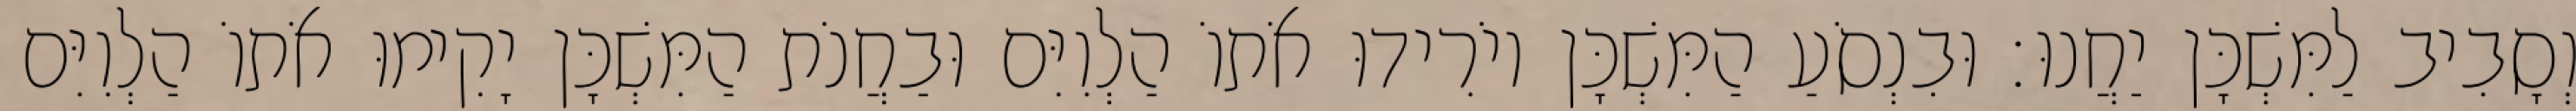
וְסָבִיב לַמִּשְׁכָּן יַחֲנוּ׃ וּבִנְסֹעַ הַמִּשְׁכָּן יוֹרִידוּ אֹתוֹ הַלְוִיִּם וּבַחֲנֹת הַמִּשְׁכָּן יָקִימוּ אֹתוֹ הַלְוִיִּם